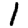
Digit: 1